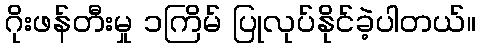
ဂိုးဖန်တီးမှု ၁ကြိမ် ပြုလုပ်နိုင်ခဲ့ပါတယ်။